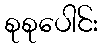
စုစုပေါင်း